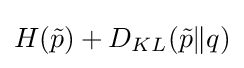
H({\tilde {p}})+D_{KL}({\tilde {p}}\|q)